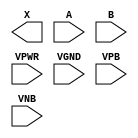
module sky130_fd_sc_lp__xor2 (
    X   ,
    A   ,
    B   ,
    VPWR,
    VGND,
    VPB ,
    VNB
);

    output X   ;
    input  A   ;
    input  B   ;
    input  VPWR;
    input  VGND;
    input  VPB ;
    input  VNB ;
endmodule